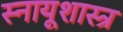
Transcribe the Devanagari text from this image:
स्नायूशास्त्र